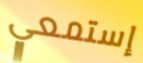
إستمعي